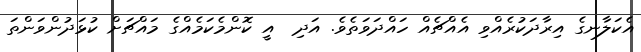
އެކަލާނގެ އިރާދަކުރެއްވި އެއްޗެއް ހައްދަވަތެވެ. އަދި  އީ ކޮންމެކަމެއްގެ މައްޗަށް ކުޅަދުންވަންތަ